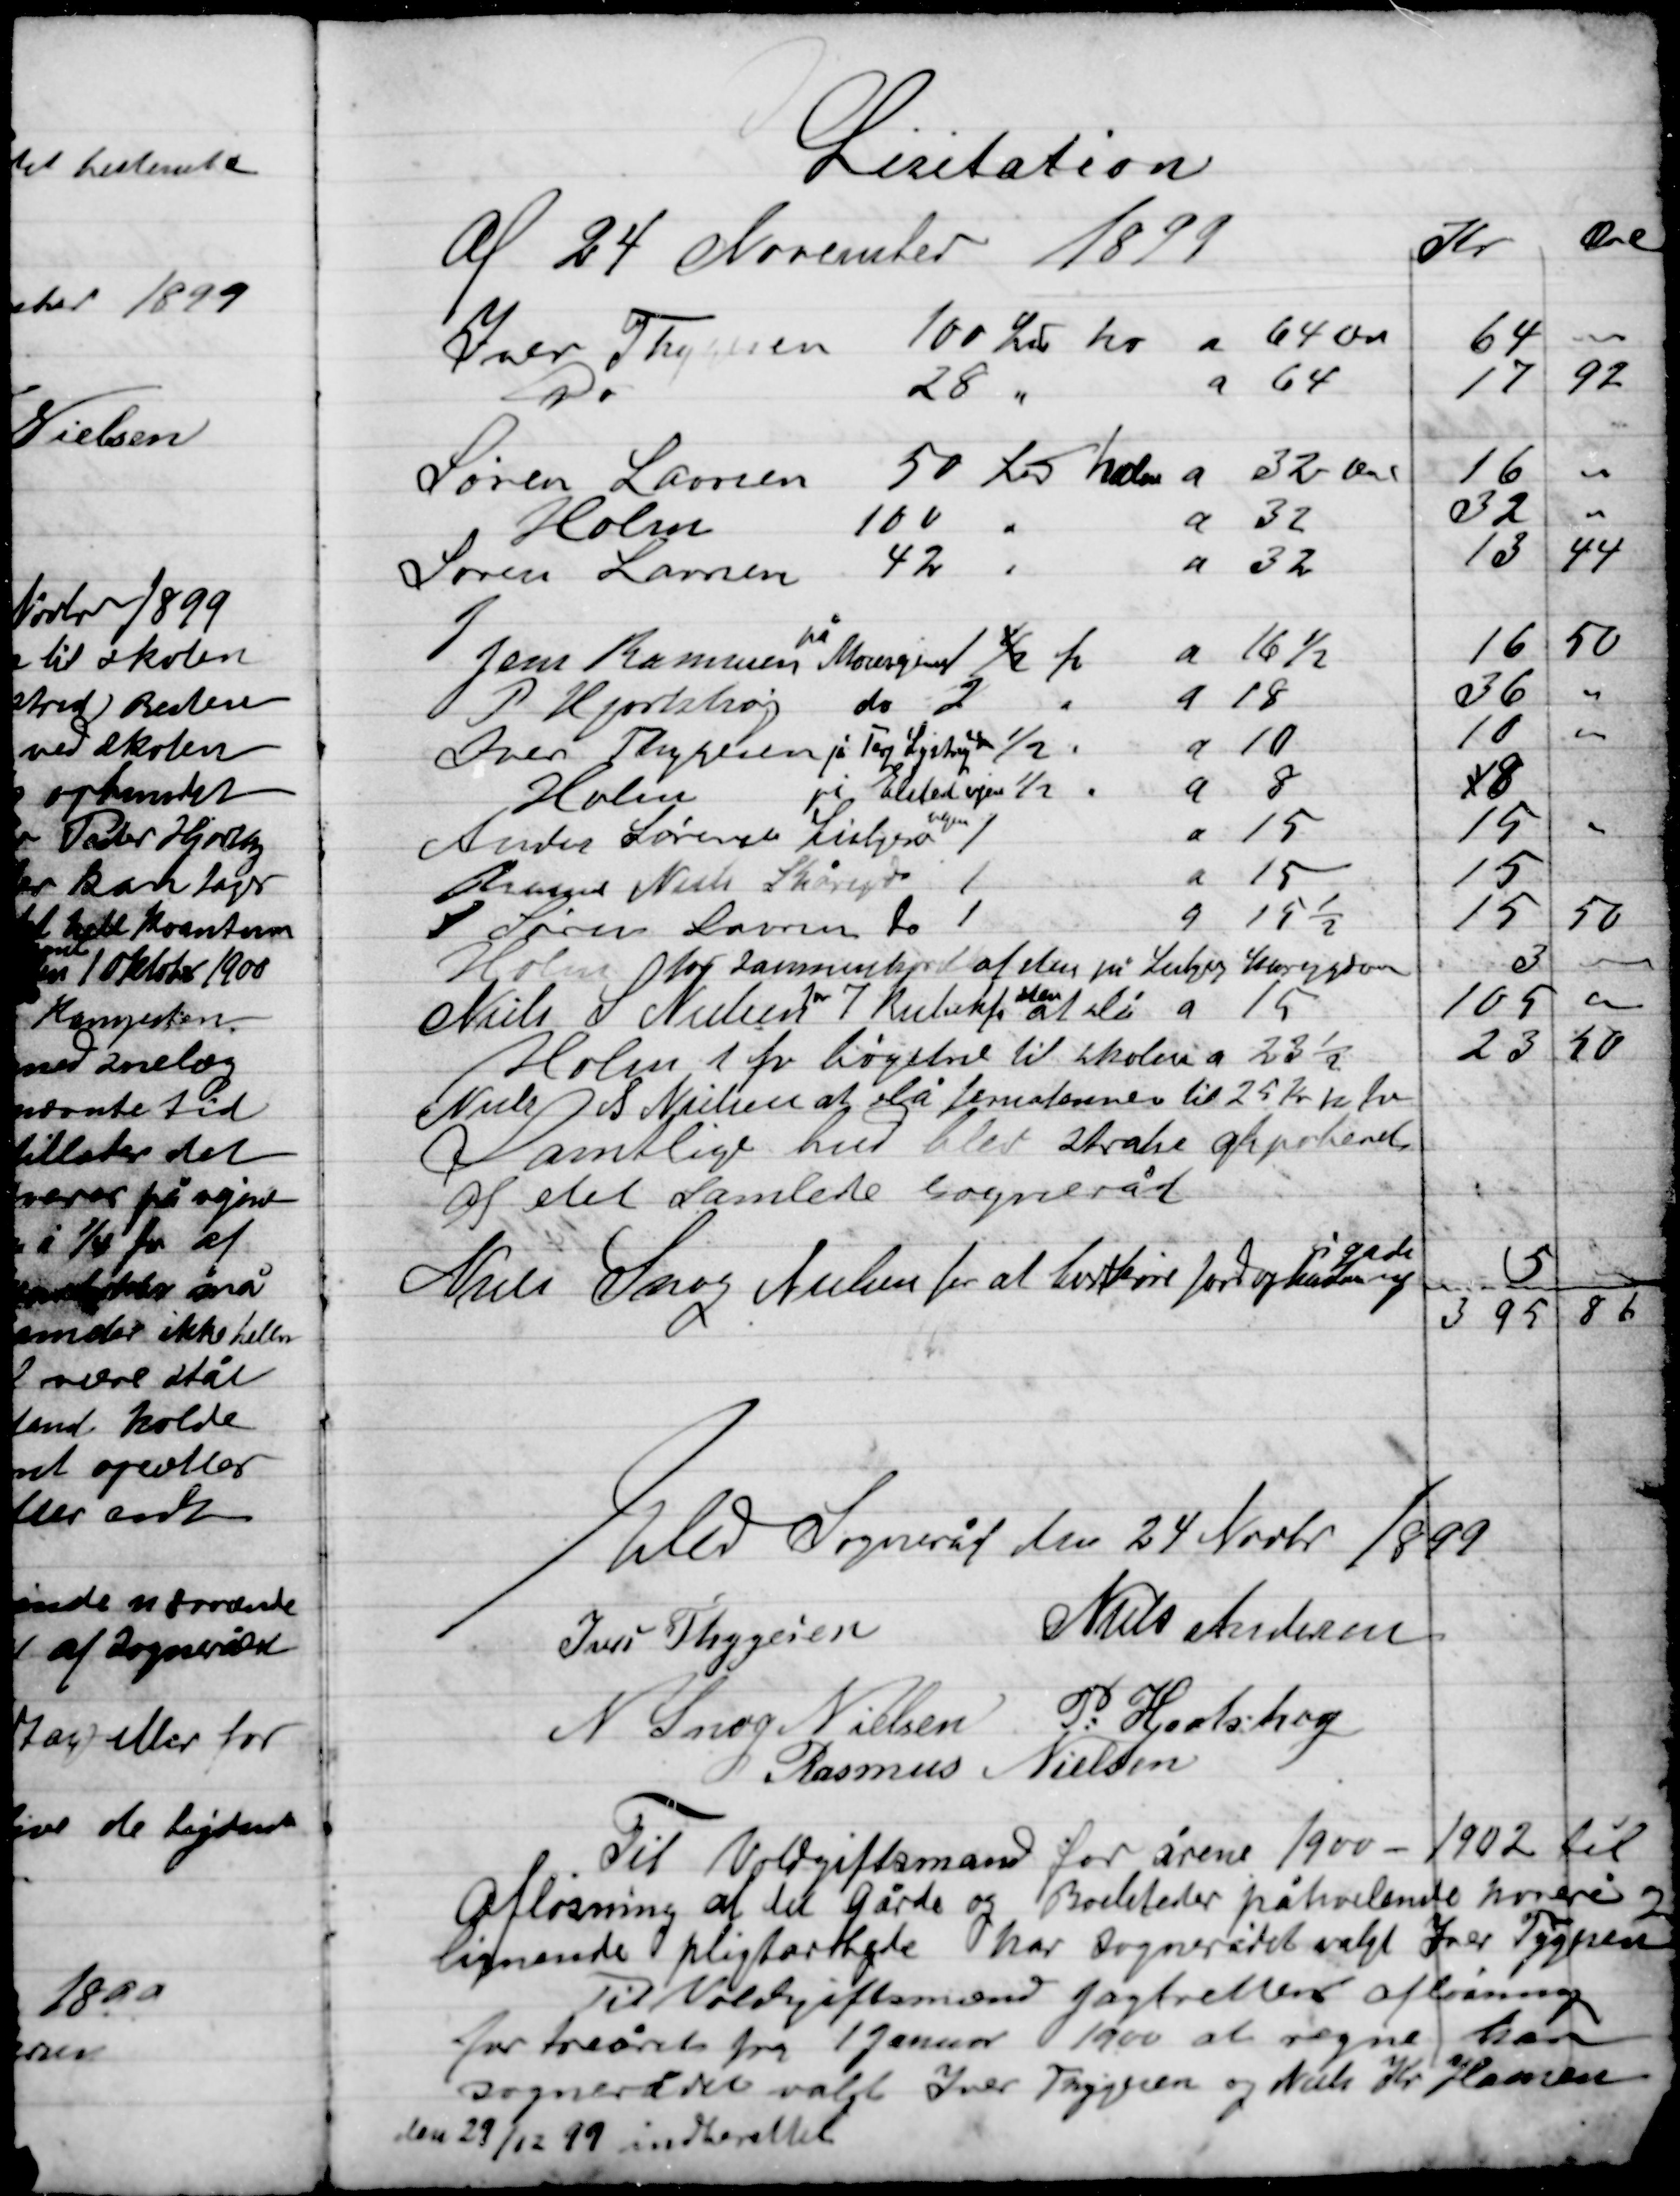
Transskription:
Elev Sogneråd den 24 Novbr 1899

Ivar Thygesen
Niels Andersen
N. Snog Nielsen
P. Hjortshøj
Rasmus Nielsen

Til Voldgiftsmand for årene 1900-1902 til 
Afløsning af de gårde og Boelsteder påhvilende hoveri og 
Lignende pligtarbejde har Sognerådet valgt Ivar Thygesen
Til Voldgiftsmand jagtretten af afløsning
For treåret fra 1 Januar 1900 at regne har
Sognerådet valgt Ivar Thygesen og Niels Kr. Hansen
Den 29/12 99 indberettet